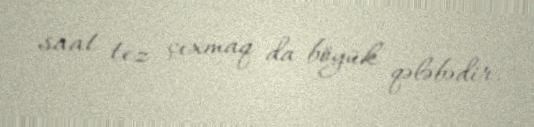
saat tez çıxmaq da böyük qələbədir.